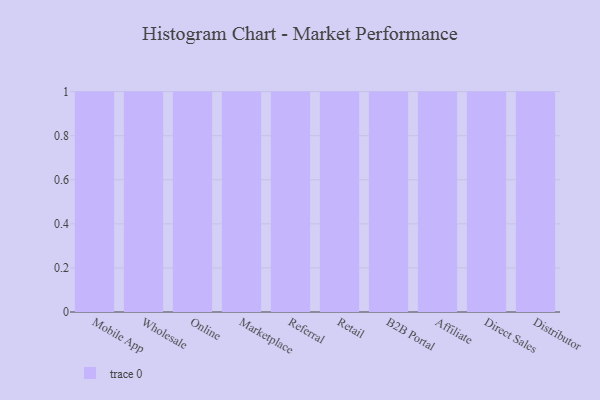
{"axis": {"x": "Channel", "y": "Production Output"}, "legend": [""], "data": [{"x": "Mobile App", "y": 84, "type": ""}, {"x": "Wholesale", "y": 87, "type": ""}, {"x": "Online", "y": 39, "type": ""}, {"x": "Marketplace", "y": 74, "type": ""}, {"x": "Referral", "y": 21, "type": ""}, {"x": "Retail", "y": 20, "type": ""}, {"x": "B2B Portal", "y": 51, "type": ""}, {"x": "Affiliate", "y": 99, "type": ""}, {"x": "Direct Sales", "y": 89, "type": ""}, {"x": "Distributor", "y": 43, "type": ""}]}